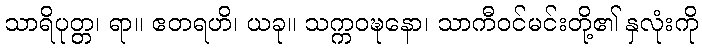
သာရိပုတ္တ၊ ရာ။ ဧတရဟိ၊ ယခု။ သက္ကဝဍ္ဎနော၊ သာကီဝင်မင်းတို့၏ နှလုံးကို